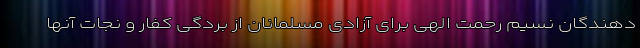
دهندگان نسیم رحمت الهی برای آزادی مسلمانان از بردگی کفار و نجات آنها